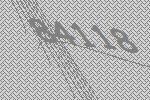
84118